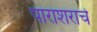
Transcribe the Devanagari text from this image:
पाराशराचे